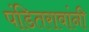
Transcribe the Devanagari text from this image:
पंडितरावांनी